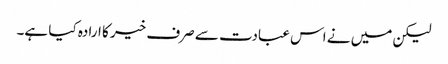
لیکن میں نے اس عبادت سے صرف خیر کا ارادہ کیا ہے۔